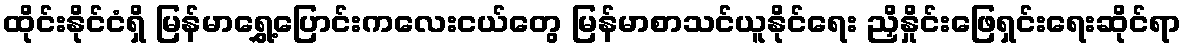
ထိုင်းနိုင်ငံရှိ မြန်မာရွှေ့ပြောင်းကလေးငယ်တွေ မြန်မာစာသင်ယူနိုင်ရေး ညှိနှိုင်းဖြေရှင်းရေးဆိုင်ရာ